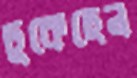
ঢুকেছেন